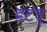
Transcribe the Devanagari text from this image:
हटवू